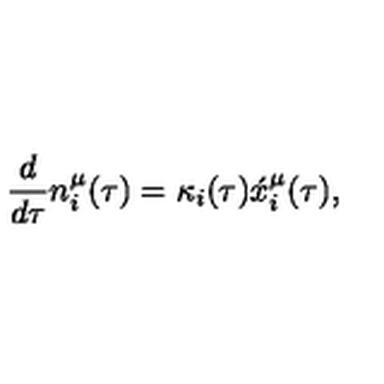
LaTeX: \frac { d } { d \tau } n _ { i } ^ { \mu } ( \tau ) = \kappa _ { i } ( \tau ) \acute { x } _ { i } ^ { \mu } ( \tau ) ,